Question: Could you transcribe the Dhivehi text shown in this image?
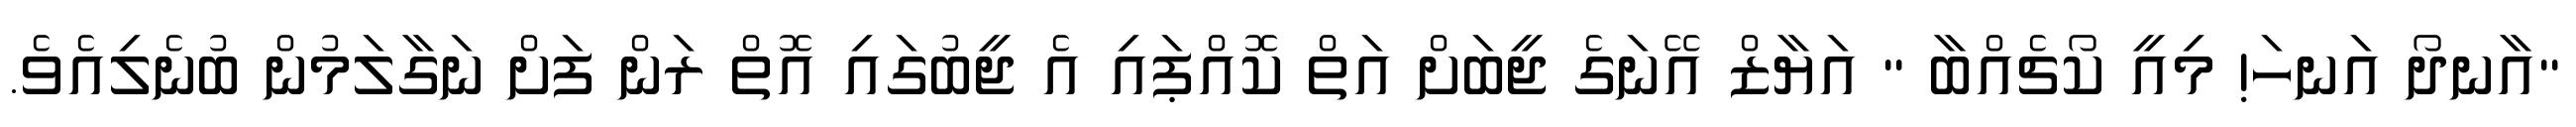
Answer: "އާނދޯ އަނހަ! މިއީ ކޯޗެއްބާ " އަޔާޒް އޭނަގެ ޖީބަށް އަތް ކޮއްޕައި އެ ޖީބުގައި އޮތް ރަން ފަށް ނަގާލަމުން ބުނެލިއެވެ.